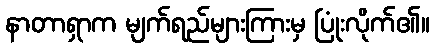
နာတာရှာက မျက်ရည်များကြားမှ ပြုံးလိုက်၏။